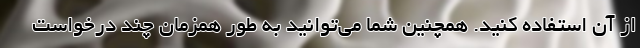
از آن استفاده کنید. همچنین شما می‌توانید به طور همزمان چند درخواست